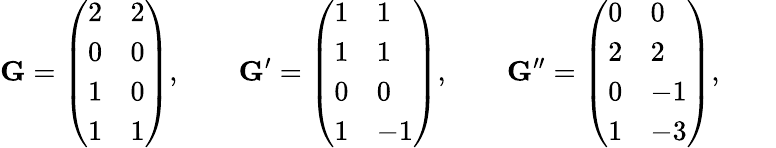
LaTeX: \mathbf G=\left(\begin{array}{ll}{2}&{2}\\ {0}&{0}\\ {1}&{0}\\ {1}&{1}\end{array}\right),\qquad\mathbf G^{\prime}=\left(\begin{array}{ll}{1}&{1}\\ {1}&{1}\\ {0}&{0}\\ {1}&{-1}\end{array}\right),\qquad\mathbf G^{\prime\prime}=\left(\begin{array}{ll}{0}&{0}\\ {2}&{2}\\ {0}&{-1}\\ {1}&{-3}\end{array}\right),\qquad